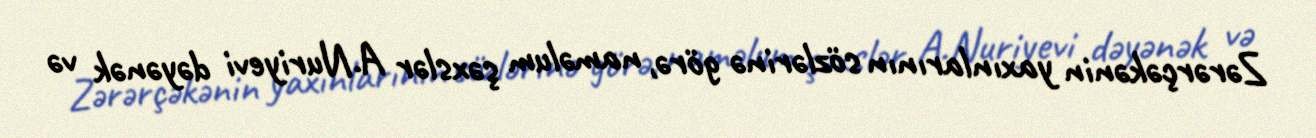
Zərərçəkənin yaxınlarının sözlərinə görə, naməlum şəxslər A.Nuriyevi dəyənək və